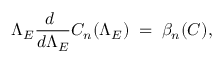
\Lambda _ { E } { \frac { d \ } { d \Lambda _ { E } } } C _ { n } ( \Lambda _ { E } ) \; = \; \beta _ { n } ( C ) ,